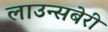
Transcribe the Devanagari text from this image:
लाउन्सबेरी